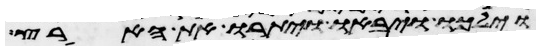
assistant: וילכו ויבאו ויתורו את הארץ